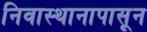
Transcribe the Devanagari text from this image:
निवास्थानापासून